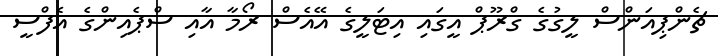
ޗެންޕިއަންސް ލީގުގެ ގްރޫޕް އީގައި އިޓަލީގެ އޭއެސް ރޯމާ އާއި ސްޕެއިންގެ އެފްސީ